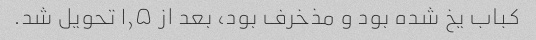
کباب یخ شده بود و مذخرف بود، بعد از ۱٫۵ تحویل شد.